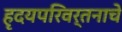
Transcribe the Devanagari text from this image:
हृदयपरिवर्तनाचे